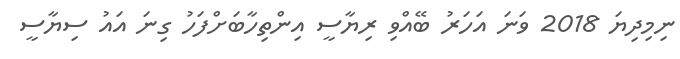
ނިމިދިޔަ 2018 ވަނަ އަހަރު ބޭއްވި ރިޔާސީ އިންތިހާބަށްފަހު ގިނަ އައު ސިޔާސީ